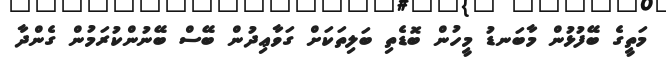
މަތީގެ ބޭފުޅުން މާބަނޑު މީހުން ބޮޑެތި ބަލިތަކަށް ގަވާޢިދުން ބޭސް ބޭނުންކުރަމުން ގެންދާ